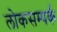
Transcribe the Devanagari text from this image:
लोकसम्पर्क